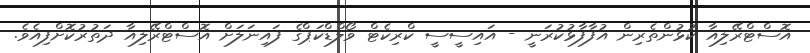
އޮސްޓްރޭލިއާ ކުޅުންތެރިން އުފާފާޅުކުރަނީ - އައިސީސީ ކްރިކެޓް ވޯލްޑްކަޕްގެ ފައިނަލަށް އޮސްޓްރޭލިއާ ދަތުރުކޮށްފިއެވެ.